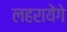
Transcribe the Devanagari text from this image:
लहरायेंगे